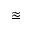
\approxeq